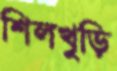
শিলখুড়ি